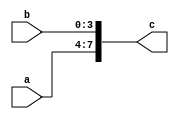

//Concatenate two binary nos 4b1011 and 4b1011 and display the output in verilog
module concatenate(a,b,c);
input [3:0] a,b;
output [7:0] c;
assign c={a,b};
endmodule

module concat();
reg [3:0] a,b;
wire [7:0] c;
concatenate a1(a,b,c);
initial 
begin
$monitor("%b",c);
a=4'b1011;
b=4'b1011;
end
endmodule